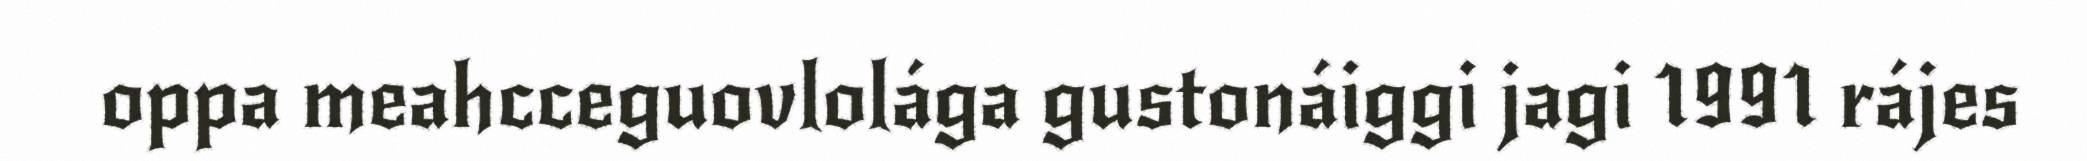
oppa meahcceguovlolága gustonáiggi jagi 1991 rájes